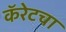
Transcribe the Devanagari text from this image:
कॅरेटचा